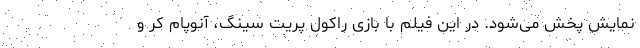
نمایش پخش می‌شود. در این فیلم با بازی راکول پریت سینگ، آنوپام کر و